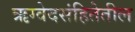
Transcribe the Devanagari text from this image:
ऋग्वेदसंहितेतील